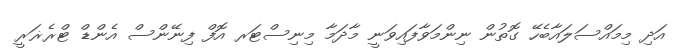
އަދި މިމައްސަލައާބެހޭ ގޮތުން ނިންމަވާފައިވަނީ މާދަމާ މިނިސްޓަރ އޮފް ފިނޭންސް އެންޑް ޓްރެޜަރީ